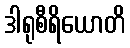
ဒါရုစီရိယောတိ